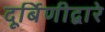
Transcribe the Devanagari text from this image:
दूर्बिणीद्वारे